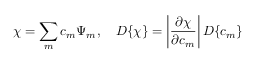
\chi = \sum _ { m } c _ { m } \Psi _ { m } , \quad { \cal D } \{ \chi \} = \left| \frac { \partial \chi } { \partial c _ { m } } \right| { \cal D } \{ c _ { m } \}